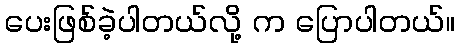
ပေးဖြစ်ခဲ့ပါတယ်လို့ က ပြောပါတယ်။